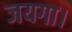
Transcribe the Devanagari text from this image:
जयगा।